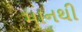
માનથી